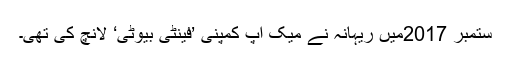
ستمبر 2017میں ریہانہ نے میک اپ کمپنی ’فینٹی بیوٹی‘ لانچ کی تھی۔